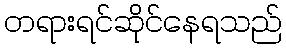
တရားရင်ဆိုင်နေရသည်